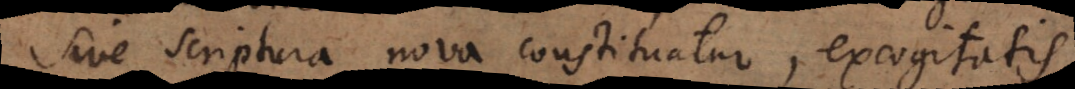
sive Scriptura nova constituatur, excogitatis